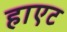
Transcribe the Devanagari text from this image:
हाएट